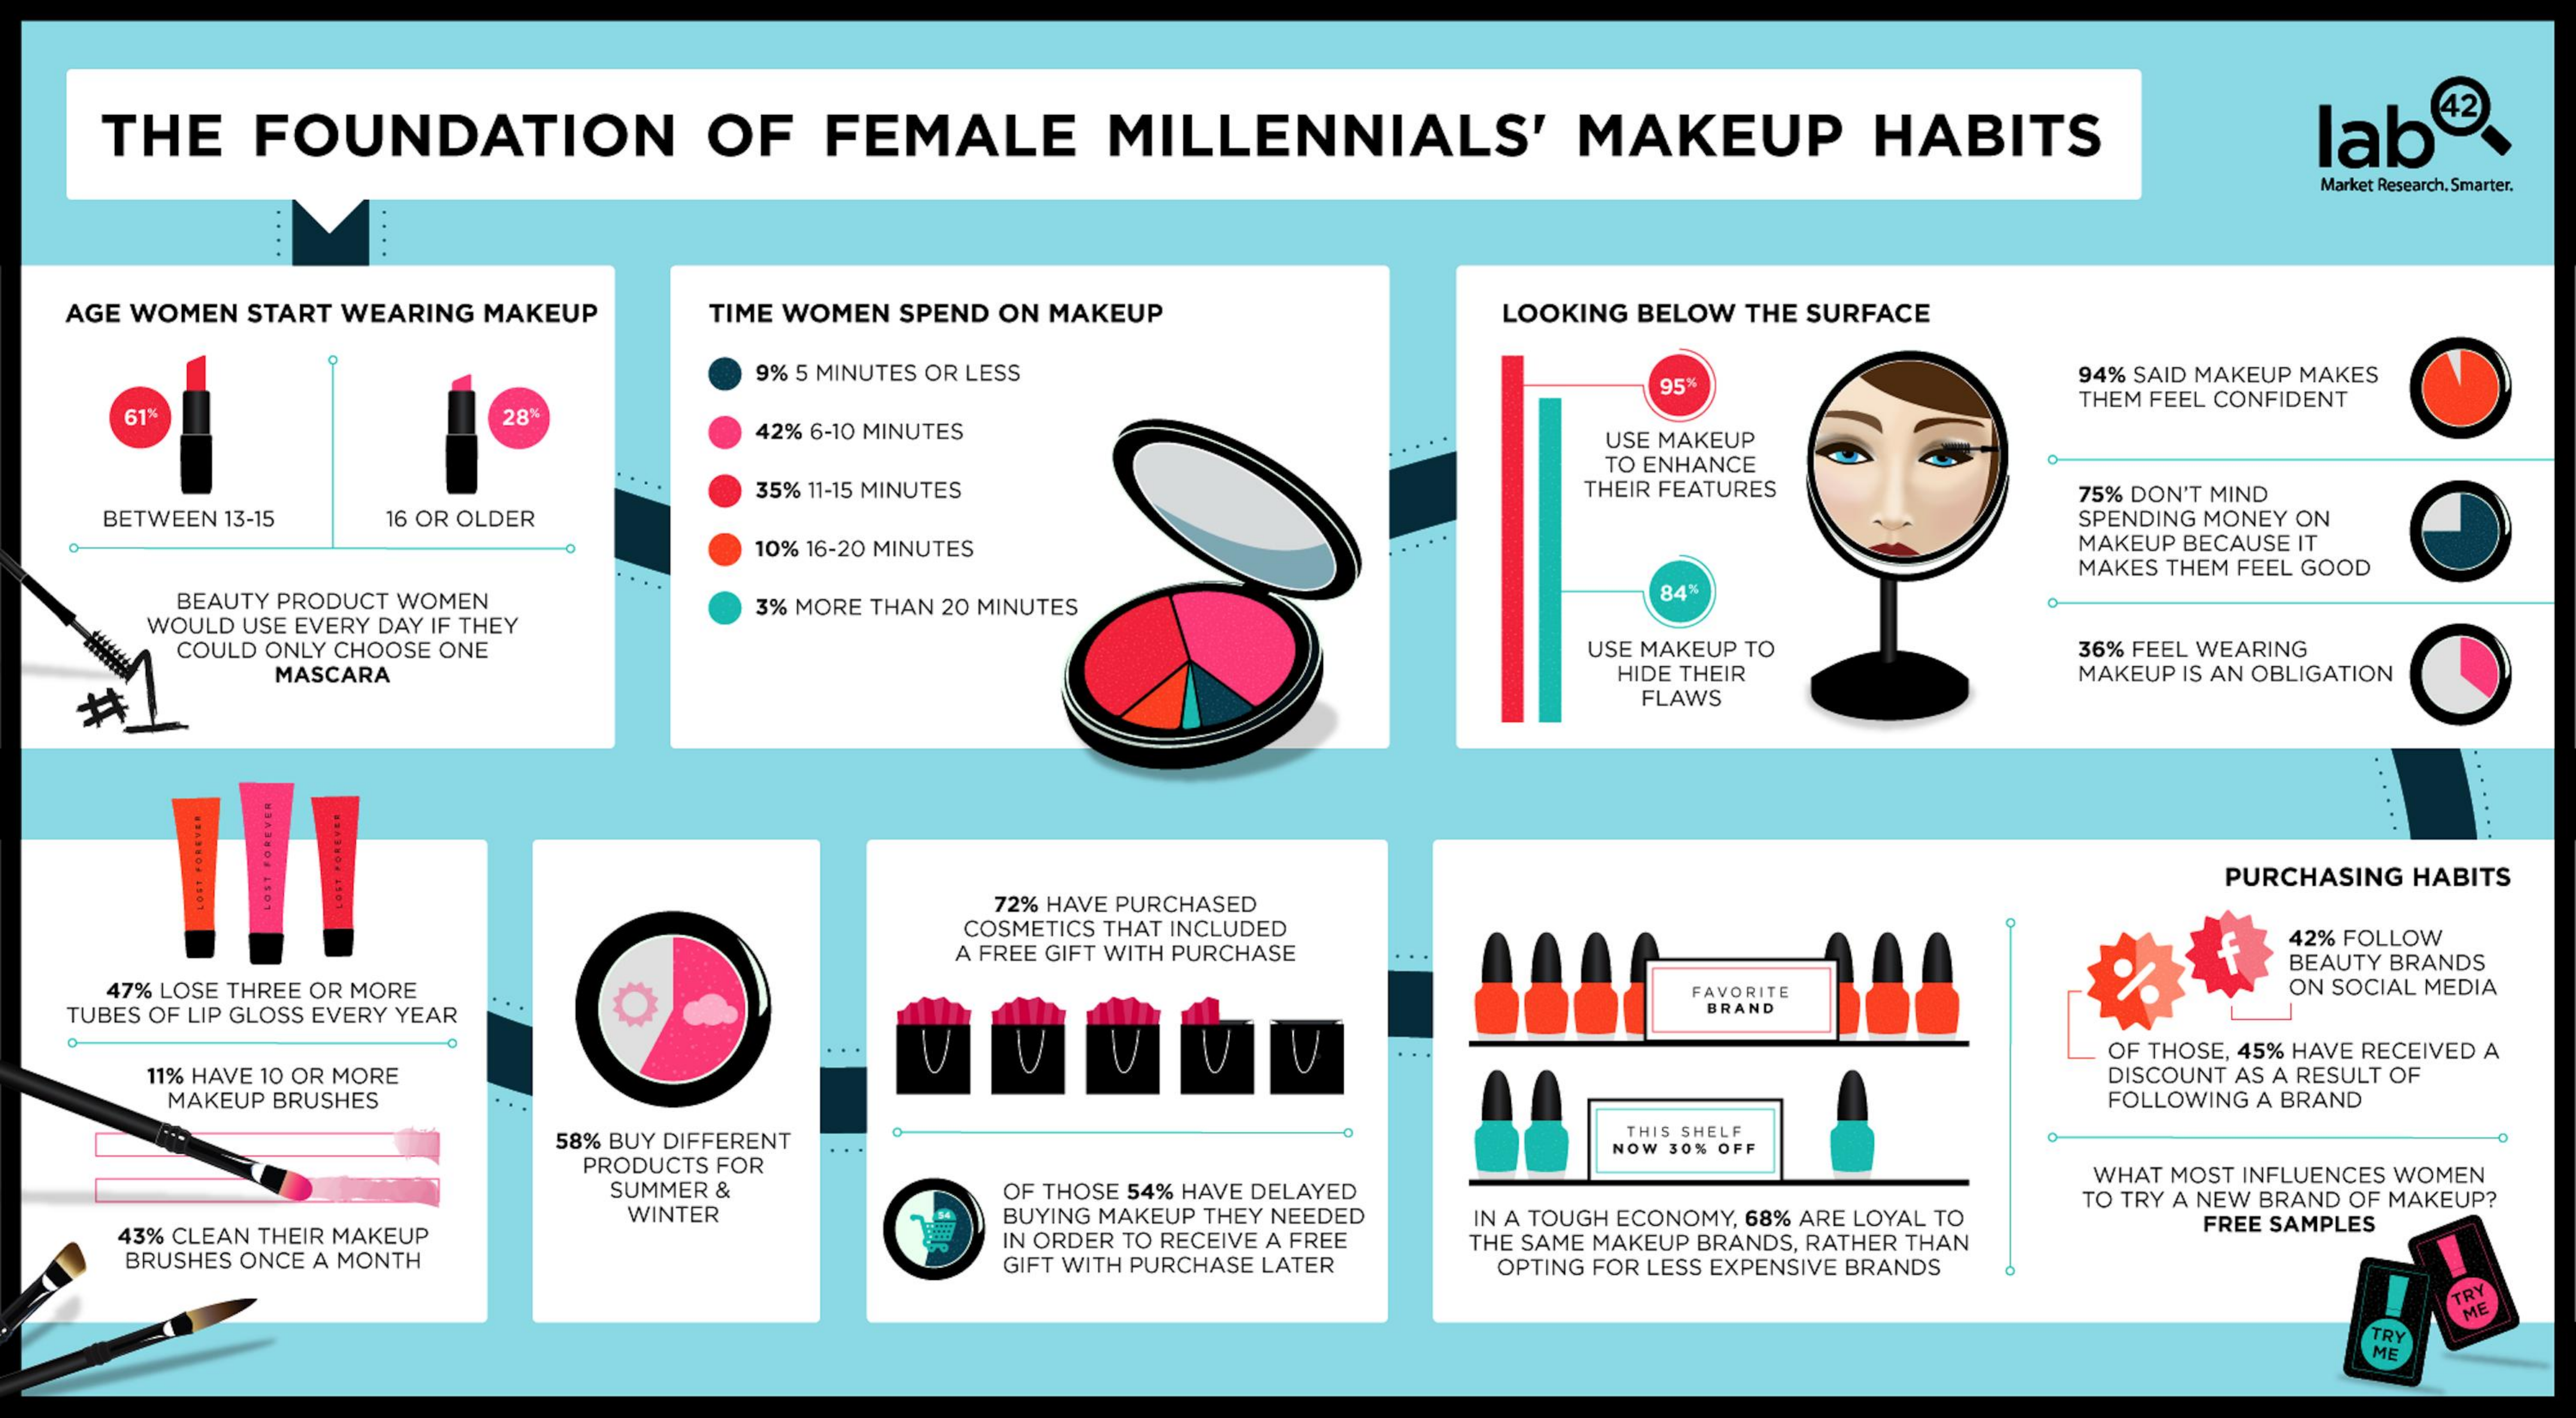
THE  FOUNDATION    OF  FEMALE    MILLENNIALS'    MAKEUP    HABITS    lab
     42
     Market Research. Smarter.
     .... ....
   AGE WOMEN START WEARING MAKEUP TIME WOMEN SPEND ON MAKEUP LOOKING BELOW THE SURFACE
     9% 5 MINUTES OR LESS
     95*
     94% SAID MAKEUP MAKES
     THEM FEEL CONFIDENT
     61%    28%
     42% 6-10 MINUTES
     . ..   USE MAKEUP
     TO ENHANCE
     ...  35% 11-15 MINUTES    THEIR FEATURES
    BETWEEN 13-15 16 OR OLDER
     75% DON'T MIND
     SPENDING MONEY ON
     10% 16-20 MINUTES    MAKEUP BECAUSE IT
     MAKES THEM FEEL GOOD
     BEAUTY PRODUCT WOMEN  3% MORE THAN 20 MINUTES
     84%
     WOULD USE EVERY DAY IF THEY
     COULD ONLY CHOOSE ONE    USE MAKEUP TO    36% FEEL WEARING
     MASCARA    HIDE THEIR    MAKEUP IS AN OBLIGATION
     FLAWS
     PURCHASING HABITS
     72% HAVE PURCHASED
     COSMETICS THAT INCLUDED
     A FREE GIFT WITH PURCHASE
     42% FOLLOW
     BEAUTY BRANDS
    47% LOSE THREE OR MORE    ON SOCIAL MEDIA
     ...
     FAVORITE
   TUBES OF LIP GLOSS EVERY YEAR    BRAND
   0
     V    OF THOSE, 45% HAVE RECEIVED A
     11% HAVE 10 OR MORE    DISCOUNT AS A RESULT OF
     MAKEUP BRUSHES    FOLLOWING A BRAND
     58% BUY DIFFERENT
     O    THIS SHELF
     PRODUCTS FOR
     ...    NOW 30% OFF
     SUMMER &    OF THOSE 54% HAVE DELAYED
     WHAT MOST INFLUENCES WOMEN
     WINTER    BUYING MAKEUP THEY NEEDED
     TO TRY A NEW BRAND OF MAKEUP?
     43% CLEAN THEIR MAKEUP    IN ORDER TO RECEIVE A FREE
     IN A TOUGH ECONOMY, 68% ARE LOYAL TO
     BRUSHES ONCE A MONTH
     THE SAME MAKEUP BRANDS, RATHER THAN
     FREE SAMPLES
     GIFT WITH PURCHASE LATER OPTING FOR LESS EXPENSIVE BRANDS
     TRY
     ME
     TRY
     ME